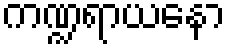
ကဏ္ဍရာယနော